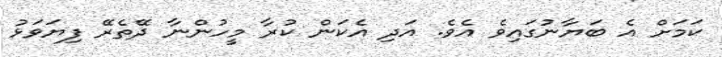
ކަމަށް އެ ބަޔާނުގައިވެ އެވެ. އަދި އެކަން ކުރާ މީހުންނާ ދޭތެރޭ ފިޔަވަޅު